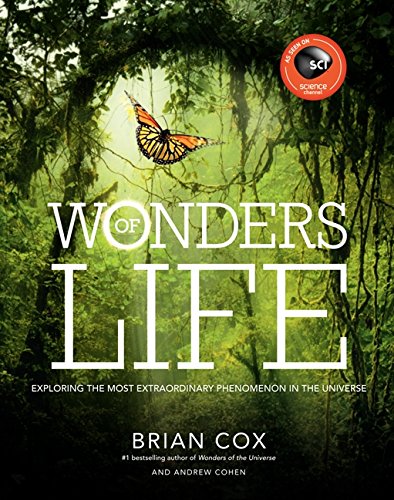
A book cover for Wonders of Life: Exploring the Most Extraordinary Phenomenon in the Universe (Wonders Series); Brian Cox; Science & Math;